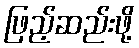
ဖြည့်ဆည်းဖို့